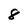
Character: 8